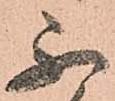
不